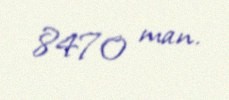
8470 man.